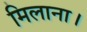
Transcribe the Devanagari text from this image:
मिलाना।